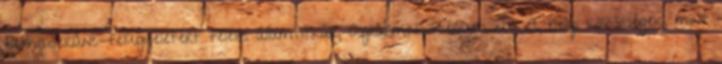
élelmiszerlánc-felügyeletért felelős államtitkár, Agrárminisztérium 11:00: A helyi közösségek, mint